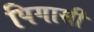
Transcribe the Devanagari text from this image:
पिगासी